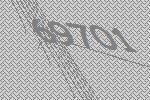
69701